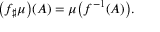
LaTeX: { \big ( } f _ { \sharp } \mu { \big ) } ( A ) = \mu { \big ( } f ^ { - 1 } ( A ) { \big ) } .